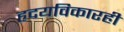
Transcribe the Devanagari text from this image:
हृदयविकारही